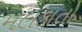
મલકાતો